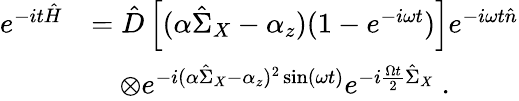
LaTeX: \begin{array}{rl}{e^{-it\hat{H}}}&{=\hat{D}\left[(\alpha\hat{\Sigma}_{X}-\alpha_{z})(1-e^{-i\omega t})\right]e^{-i\omega t\hat{n}}}\\ &{\quad\otimes e^{-i(\alpha\hat{\Sigma}_{X}-\alpha_{z})^{2}\sin(\omega t)}e^{-i\frac{\Omega t}{2}\hat{\Sigma}_{X}}\ .}\end{array}